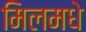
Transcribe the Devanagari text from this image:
मिलमधे